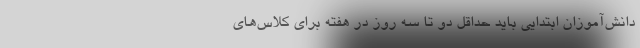
دانش‌آموزان ابتدایی باید حداقل دو تا سه روز در هفته برای کلاس‌های